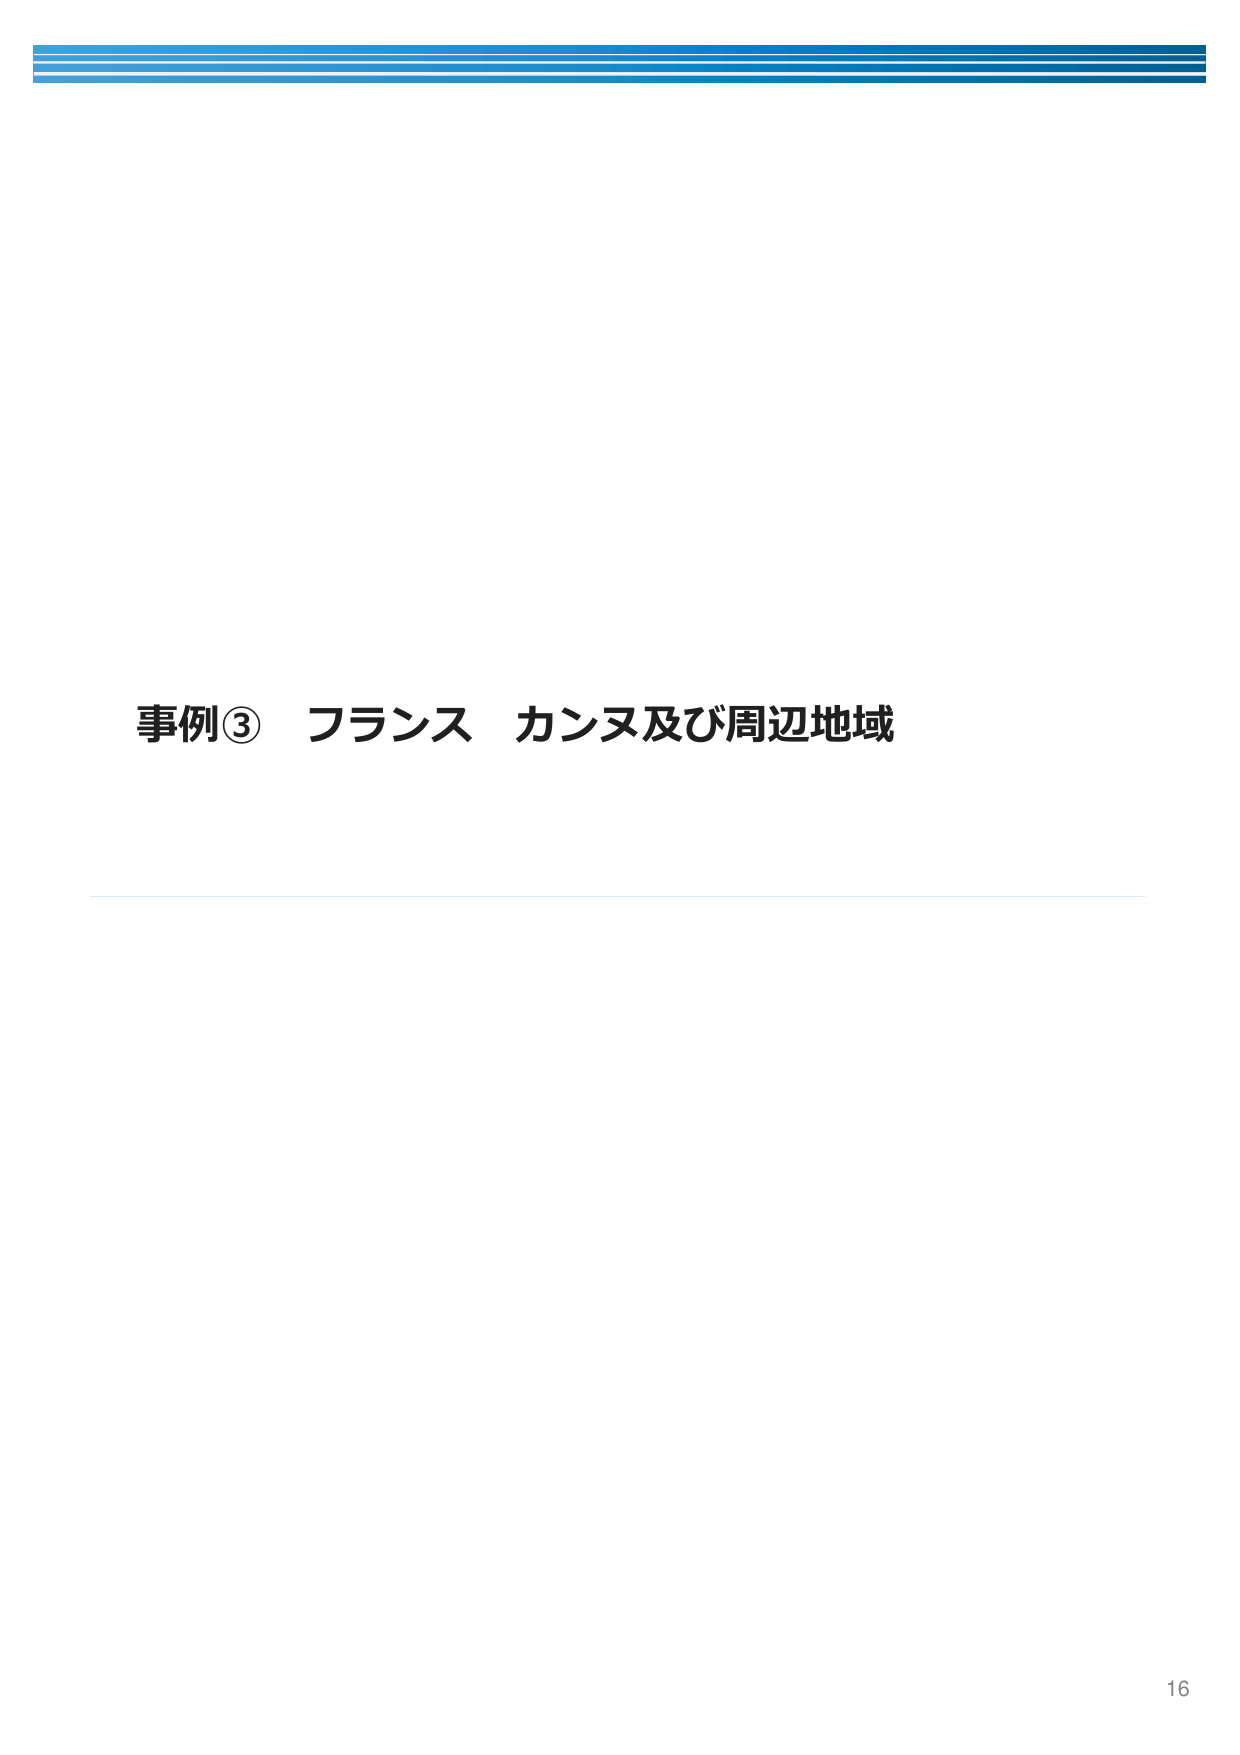
事例③ フランス カンヌ及び周辺地域
16